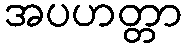
အပဟတ္တာ